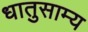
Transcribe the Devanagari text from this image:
धातुसाम्य